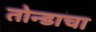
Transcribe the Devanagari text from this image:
तोन्डाचा